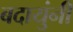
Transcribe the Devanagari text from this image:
बदायुंनी